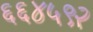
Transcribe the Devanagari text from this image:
६६४५९२